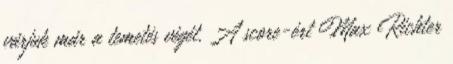
várjuk már a temetés végét. A score-ért Max Richter